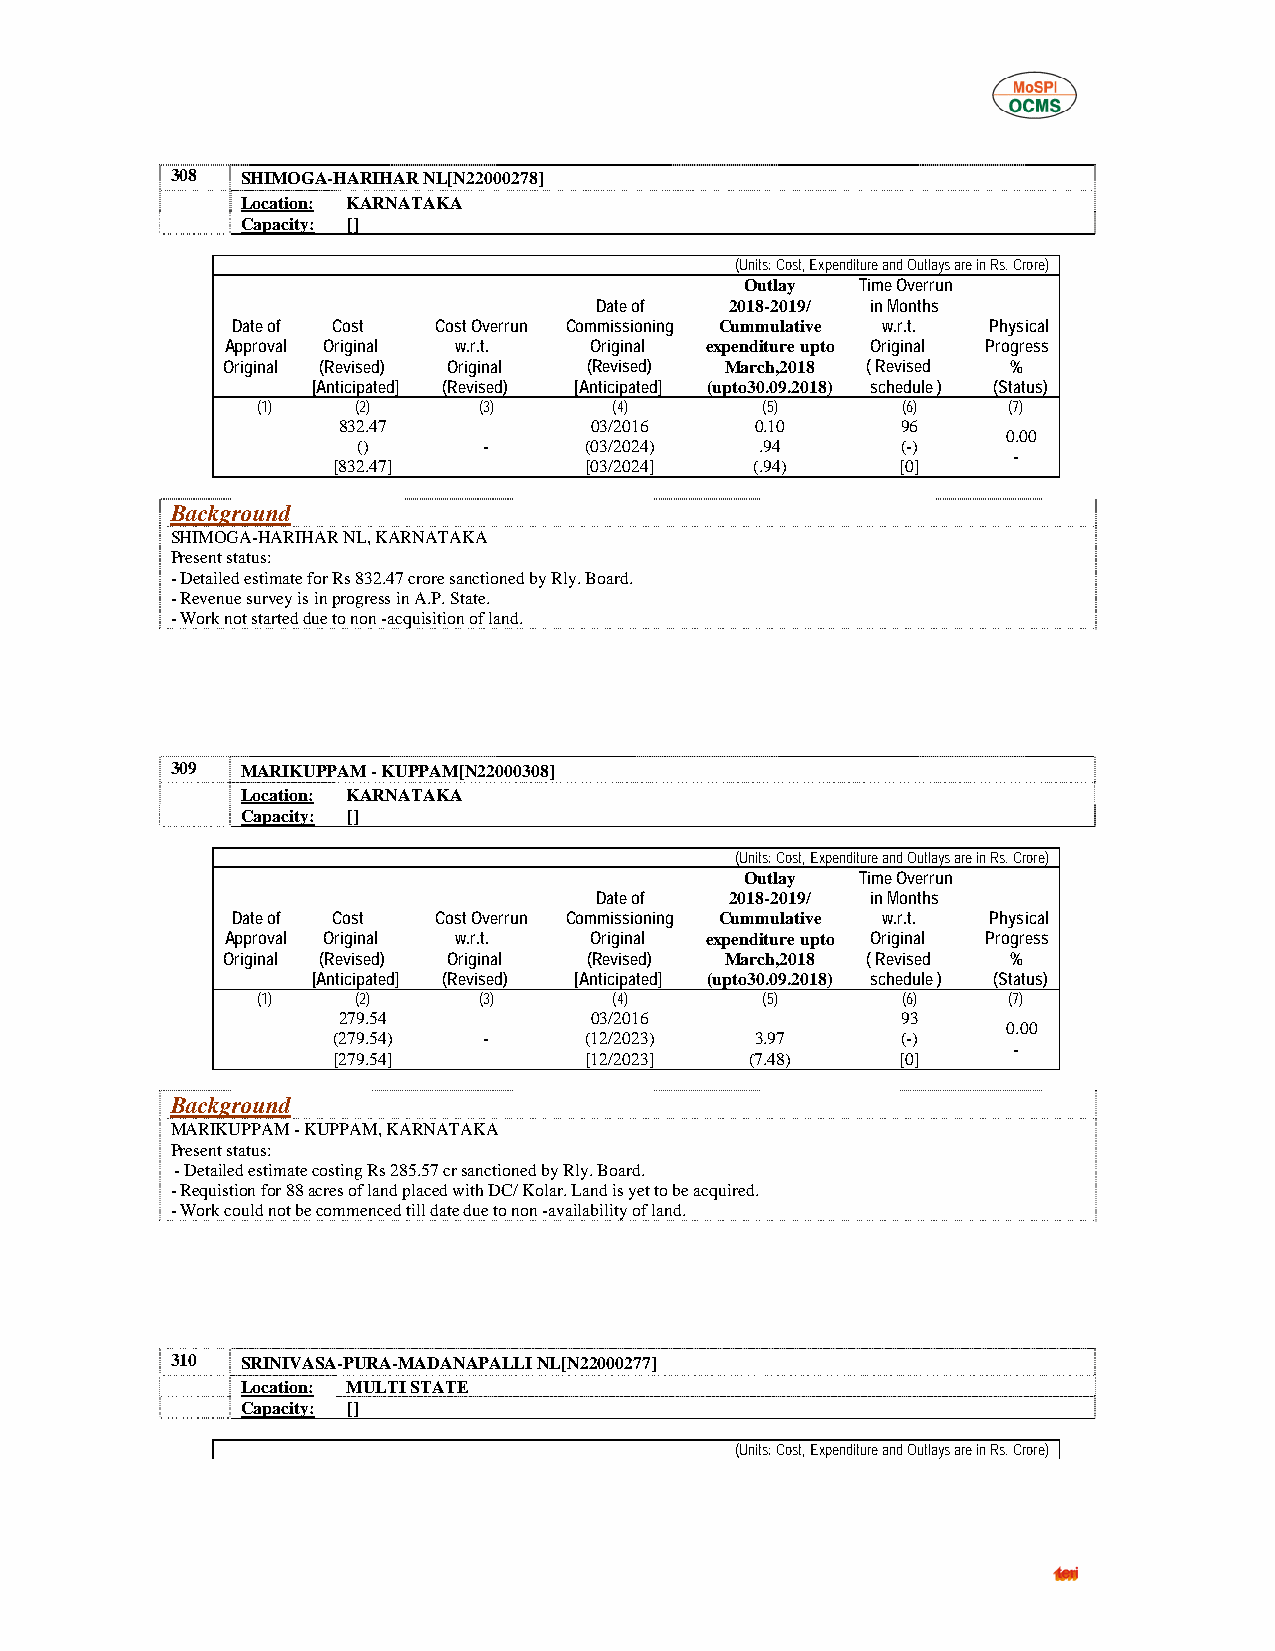
308  SHIMOGA-HARIHAR NL[N22000278]
 Location: KARNATAKA
 Capacity: []
 (Units: Cost, Expenditure and Outlays are in Rs. Crore)
 Outlay  Time Overrun
 Date of  2018-2019/ in Months
 Date of Cost  Cost Overrun Commissioning Cummulative w.r.t. Physical
 Approval Original w.r.t. Original expenditure upto Original Progress
 Original (Revised) Original (Revised) March,2018 ( Revised %
 [Anticipated] (Revised) [Anticipated] (upto30.09.2018) schedule ) (Status)
 (1)    (2)     (3)      (4)      (5)       (6)    (7)
 832.47           03/2016    0.10      96
 0.00
 ()      -      (03/2024)  .94       (-)
 -
 [832.47]         [03/2024]  (.94)     [0]
 Background
 SHIMOGA-HARIHAR NL, KARNATAKA
 Present status:
 - Detailed estimate for Rs 832.47 crore sanctioned by Rly. Board.
 - Revenue survey is in progress in A.P. State.
 - Work not started due to non -acquisition of land.
 309  MARIKUPPAM - KUPPAM[N22000308]
 Location: KARNATAKA
 Capacity: []
 (Units: Cost, Expenditure and Outlays are in Rs. Crore)
 Outlay  Time Overrun
 Date of  2018-2019/ in Months
 Date of Cost  Cost Overrun Commissioning Cummulative w.r.t. Physical
 Approval Original w.r.t. Original expenditure upto Original Progress
 Original (Revised) Original (Revised) March,2018 ( Revised %
 [Anticipated] (Revised) [Anticipated] (upto30.09.2018) schedule ) (Status)
 (1)    (2)     (3)      (4)      (5)       (6)    (7)
 279.54           03/2016              93
 0.00
 (279.54)  -      (12/2023)  3.97      (-)
 -
 [279.54]         [12/2023]  (7.48)    [0]
 Background
 MARIKUPPAM - KUPPAM, KARNATAKA
 Present status:
 - Detailed estimate costing Rs 285.57 cr sanctioned by Rly. Board.
 - Requistion for 88 acres of land placed with DC/ Kolar. Land is yet to be acquired.
 - Work could not be commenced till date due to non -availability of land.
 310  SRINIVASA-PURA-MADANAPALLI NL[N22000277]
 Location: MULTI STATE
 Capacity: []
 (Units: Cost, Expenditure and Outlays are in Rs. Crore)